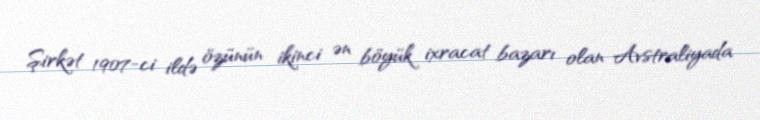
Şirkət 1907-ci ildə özünün ikinci ən böyük ixracat bazarı olan Avstraliyada